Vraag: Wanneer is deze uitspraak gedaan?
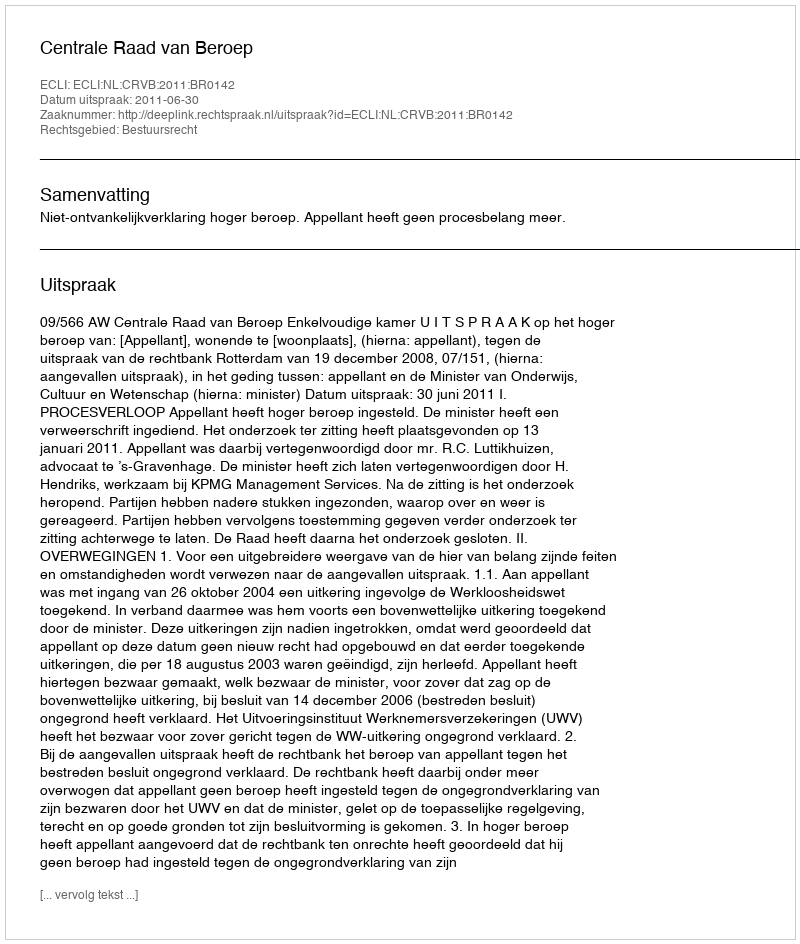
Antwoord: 2011-06-30